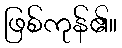
ဖြစ်ကုန်၏။